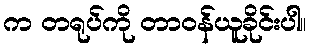
က တရုပ်ကို တာဝန်ယူခိုင်းပါ။